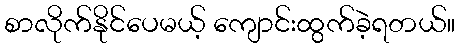
စာလိုက်နိုင်ပေမယ့် ကျောင်းထွက်ခဲ့ရတယ်။